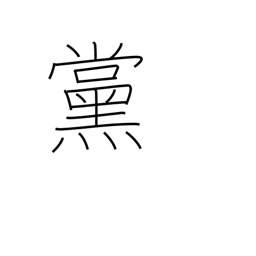
Meaning: faction